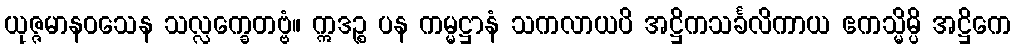
ယုဇ္ဇမာနဝသေန သလ္လက္ခေတဗ္ဗံ။ ဣဒဉ္စ ပန ကမ္မဋ္ဌာနံ သကလာယပိ အဋ္ဌိကသင်္ခလိကာယ ဧကသ္မိမ္ပိ အဋ္ဌိကေ